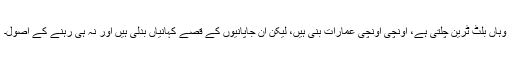
وہاں بلٹ ٹرین چلتی ہے، اونچی اونچی عمارات بنی ہیں، لیکن ان جاپانیوں کے قصے کہانیاں بدلی ہیں اور نہ ہی رہنے کے اصول۔